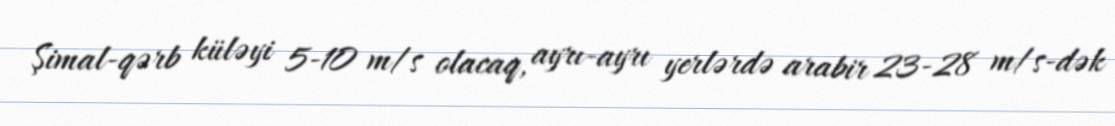
Şimal-qərb küləyi 5-10 m/s olacaq, ayrı-ayrı yerlərdə arabir 23-28 m/s-dək